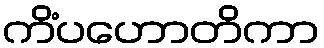
ကိံပဟောတိကာ